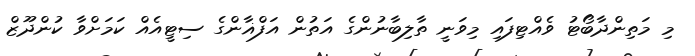
މި މަތިންދާބޯޓު ވެއްޓިފައި މިވަނީ ތާލިބާނުންގެ އަތުން އަފްޣާންގެ ސިޓީއެއް ކަމަށްވާ ކުންދޫޒް